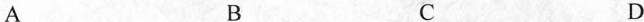
A B C D